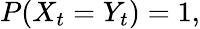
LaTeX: P(X_{t}=Y_{t})=1,